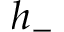
h _ { - }